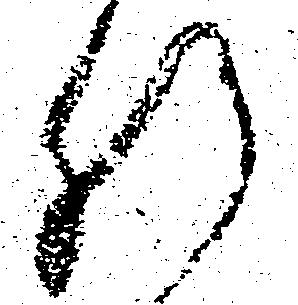
肝